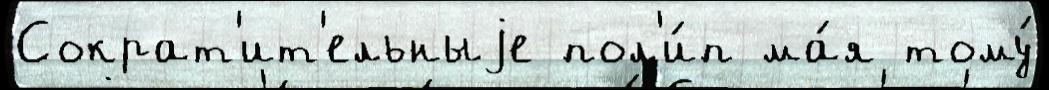
Сократ'ит'ельныjе пол'и́п ма́я тому́